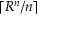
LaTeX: \lceil R ^ { n } / n \rceil